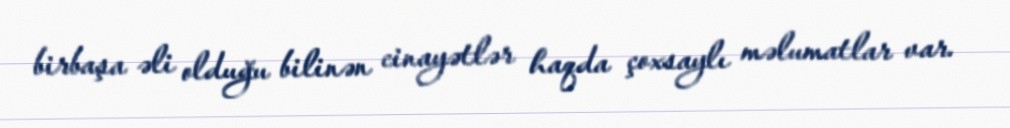
birbaşa əli olduğu bilinən cinayətlər haqda çoxsaylı məlumatlar var.